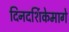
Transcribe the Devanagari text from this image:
दिनदर्शिकेमागे